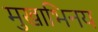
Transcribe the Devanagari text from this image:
मुखाभिनय